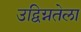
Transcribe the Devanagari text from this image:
उद्विग्नतेला